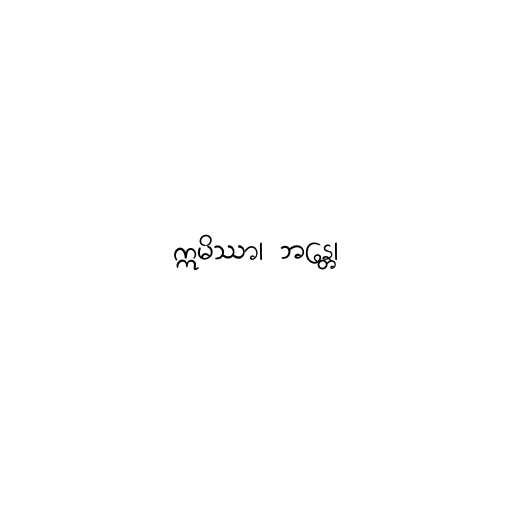
ဣမိဿာ၊ ဘန္တေ၊